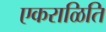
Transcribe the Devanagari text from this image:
एकराळिति